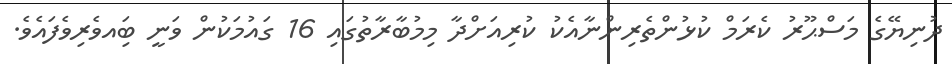
ދުނިޔޭގެ މަސްޙޫރު ކެރަމް ކުޅުންތެރިންނާއެކު ކުރިއަށްދާ މިމުބާރާތުގައި 16 ގައުމަކުން ވަނީ ބަިއވެރިވެފައެވެ.